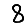
Digit: 8